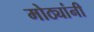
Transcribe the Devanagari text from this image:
मोठ्यांनी